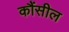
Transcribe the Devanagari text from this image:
कौंसील